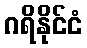
ဂရိနိုင်ငံ